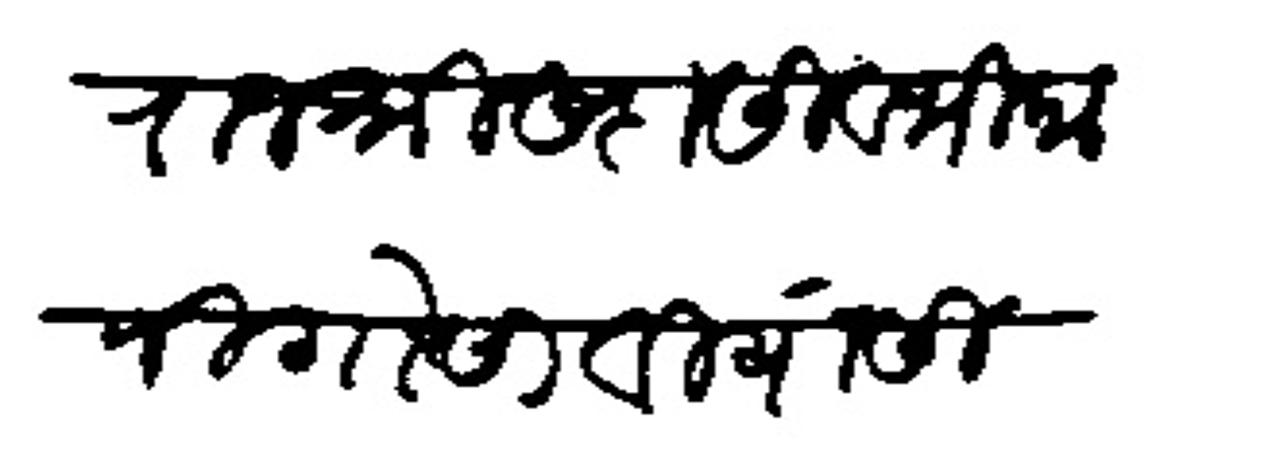
Transliteration (Devanagari): राजश्री सदासिव भिकाजी गोसावी यांसी